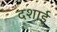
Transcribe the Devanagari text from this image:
दशाई